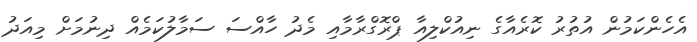
އެހެންކަމުން އުތުރު ކޮރެއާގެ ނިއުކްލިއާ ޕްރޮގްރާމާއި މެދު ހާއްސަ ސަމާލުކަމެއް ދިނުމަށް މިއަދު